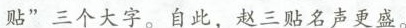
贴”三个大字。自此，赵三贴名声更盛。